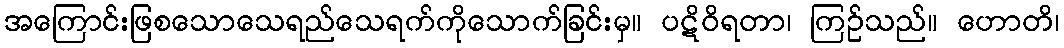
အကြောင်းဖြစသောသေရည်သေရက်ကိုသောက်ခြင်းမှ။ ပဋိဝိရတာ၊ ကြဉ်သည်။ ဟောတိ၊